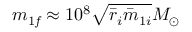
m _ { 1 { \it f } } \approx 1 0 ^ { 8 } \sqrt { \bar { r } _ { i } \bar { m } _ { 1 i } } M _ { \odot }